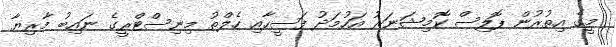
މީގެ އިތުރުން ޕޮލިސް ކޮމިޝަނަރު އަހުމަދު ފަސީހާއި ހެލްތު މިނިސްޓްރީގެ ނައިބު މާރިޔާ